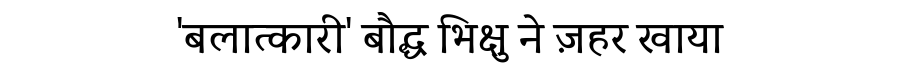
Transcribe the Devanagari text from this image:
'बलात्कारी' बौद्ध भिक्षु ने ज़हर खाया